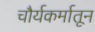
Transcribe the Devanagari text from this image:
चौर्यकर्मातून